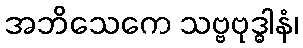
အဘိသေကေ သဗ္ဗဗုဒ္ဓါနံ၊